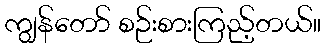
ကျွန်တော် စဉ်းစားကြည့်တယ်။